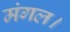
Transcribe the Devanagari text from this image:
मंगल।